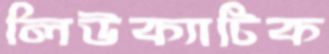
লিউক্যাটিক